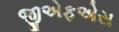
જીએફએસ